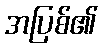
အပြစ်၏